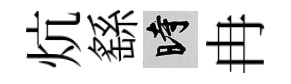
炕繇时冉